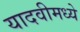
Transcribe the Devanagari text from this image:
यादवीमध्ये